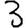
Digit: 3